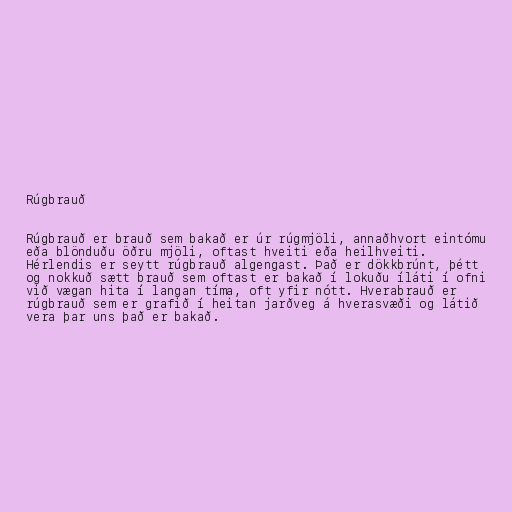
Rúgbrauð

Rúgbrauð er brauð sem bakað er úr rúgmjöli, annaðhvort eintómu
eða blönduðu öðru mjöli, oftast hveiti eða heilhveiti.
Hérlendis er seytt rúgbrauð algengast. Það er dökkbrúnt, þétt
og nokkuð sætt brauð sem oftast er bakað í lokuðu íláti í ofni
við vægan hita í langan tíma, oft yfir nótt. Hverabrauð er
rúgbrauð sem er grafið í heitan jarðveg á hverasvæði og látið
vera þar uns það er bakað.